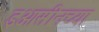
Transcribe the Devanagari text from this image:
इओसीनच्या